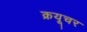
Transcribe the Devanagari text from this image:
क्रयूचर